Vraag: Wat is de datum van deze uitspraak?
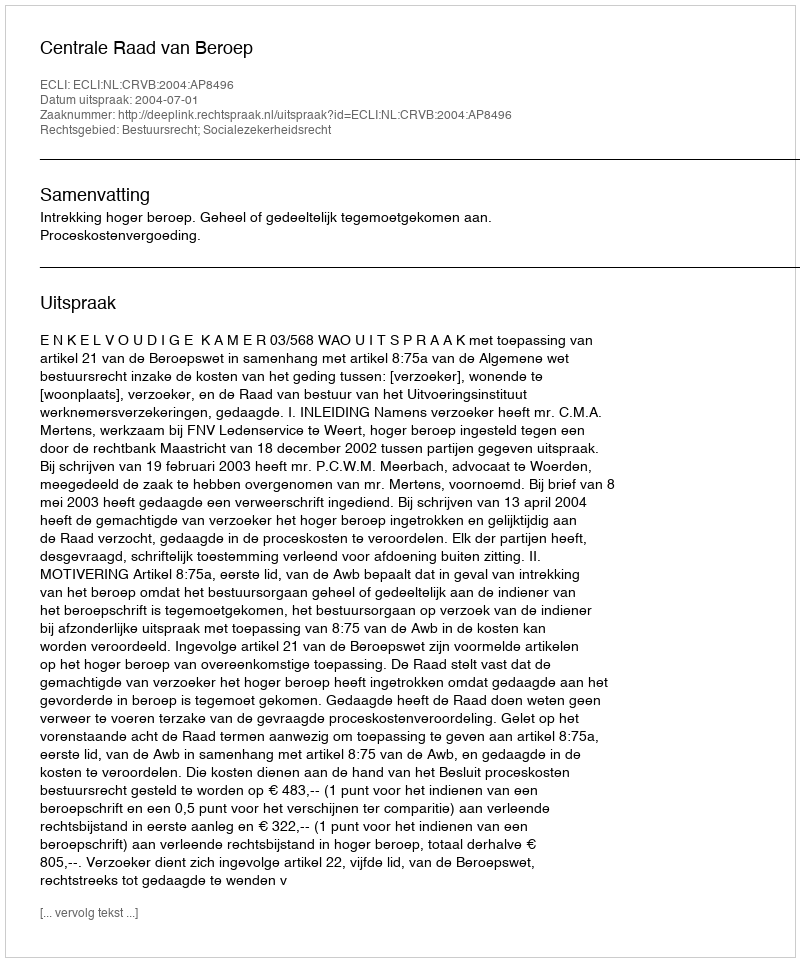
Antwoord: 2004-07-01